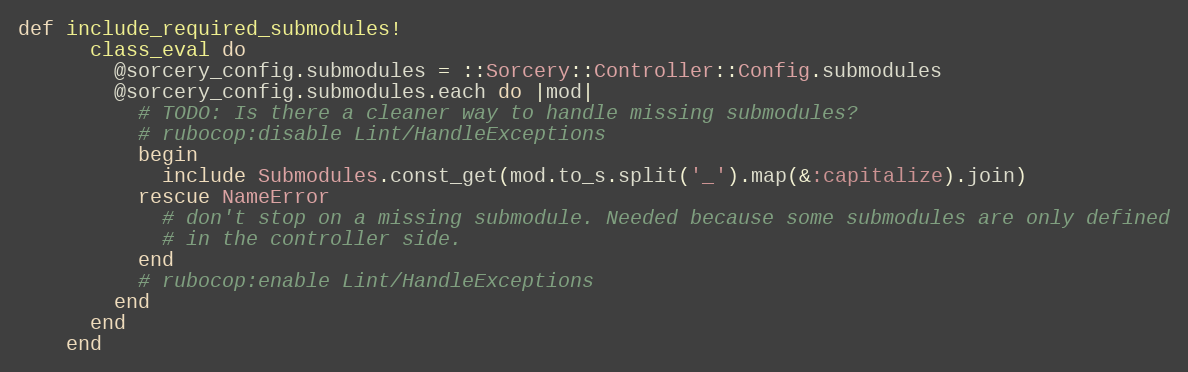
Language: Ruby
def include_required_submodules!
      class_eval do
        @sorcery_config.submodules = ::Sorcery::Controller::Config.submodules
        @sorcery_config.submodules.each do |mod|
          # TODO: Is there a cleaner way to handle missing submodules?
          # rubocop:disable Lint/HandleExceptions
          begin
            include Submodules.const_get(mod.to_s.split('_').map(&:capitalize).join)
          rescue NameError
            # don't stop on a missing submodule. Needed because some submodules are only defined
            # in the controller side.
          end
          # rubocop:enable Lint/HandleExceptions
        end
      end
    end